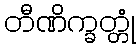
တီဏိက္ခတ္တုံ